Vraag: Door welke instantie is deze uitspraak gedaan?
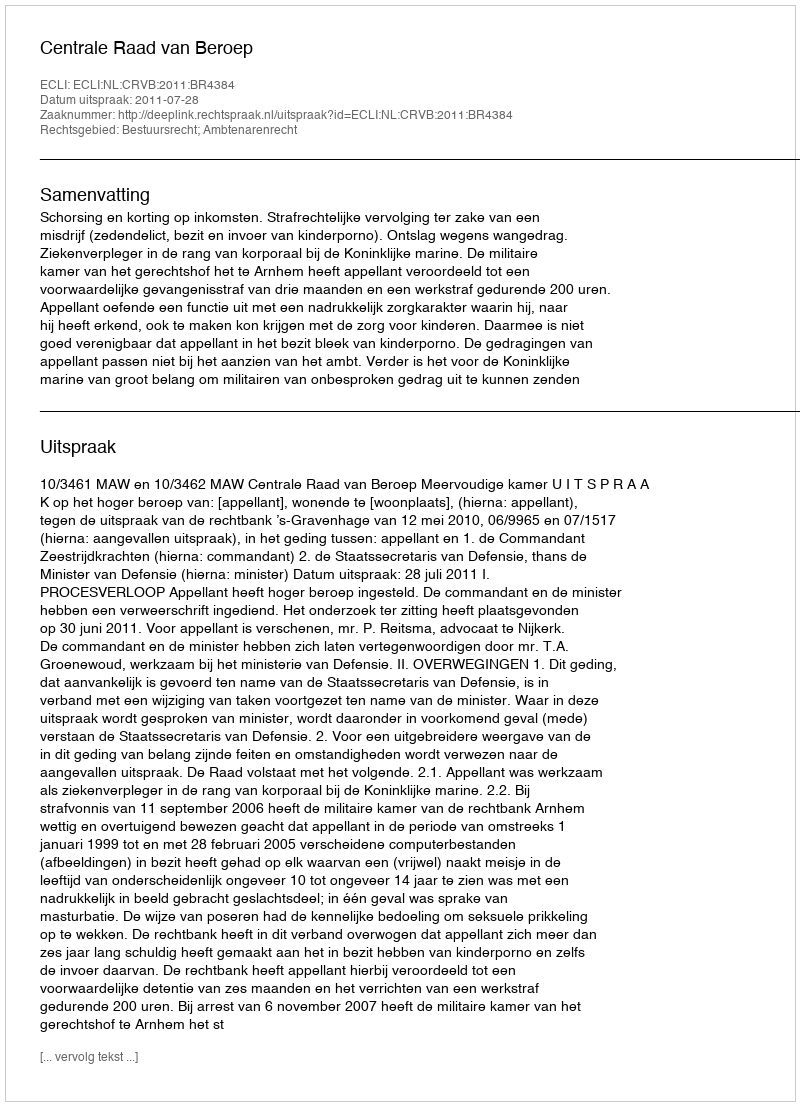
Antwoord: Centrale Raad van Beroep